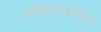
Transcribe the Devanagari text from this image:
ओस्सिल्लोमेत्रिक